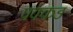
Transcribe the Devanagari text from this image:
पक्कड